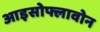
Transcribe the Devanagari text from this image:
आइसोफ्लावोन